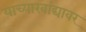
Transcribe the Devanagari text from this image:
याच्याखांद्यावर